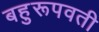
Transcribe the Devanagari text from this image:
बहुरूपवती